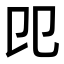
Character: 𠨎